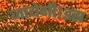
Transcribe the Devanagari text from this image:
जायेगी।इस